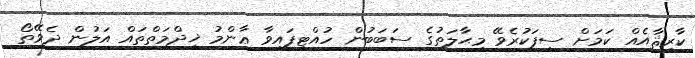
ކާރިޘާއެއް ކަމަށް ސިފަކުރެވޭ މިޙާލަތުގެ ސަބަބުން ހުއްޓިފައިވާ ޢާންމު ޚިދްމަތްތައް އަލުން ދެވޭތޯ